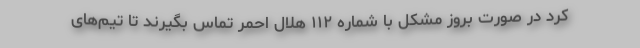
کرد در صورت بروز مشکل با شماره ۱۱۲ هلال احمر تماس بگیرند تا تیم‌های